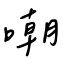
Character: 嘲